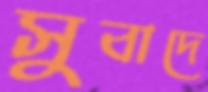
সুবাদে